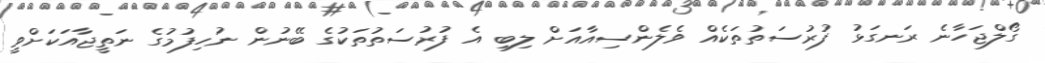
ގޯލްޖަހާނެ ރަނގަޅު ފުރުސަތުތަކެއް ވެލެންސިއާއަށް ލިބި އެ ފުރުސަތުތަކުގެ ބޭނުން ނުހިފުމުގެ ނަތީޖާއަކަށްވީ